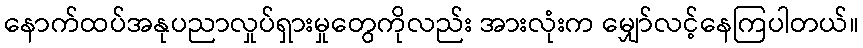
နောက်ထပ်အနုပညာလှုပ်ရှားမှုတွေကိုလည်း အားလုံးက မျှော်လင့်နေကြပါတယ်။